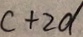
c + 2 d